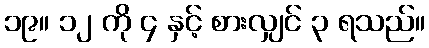
၁၉။ ၁၂ ကို ၄ နှင့် စားလျှင် ၃ ရသည်။